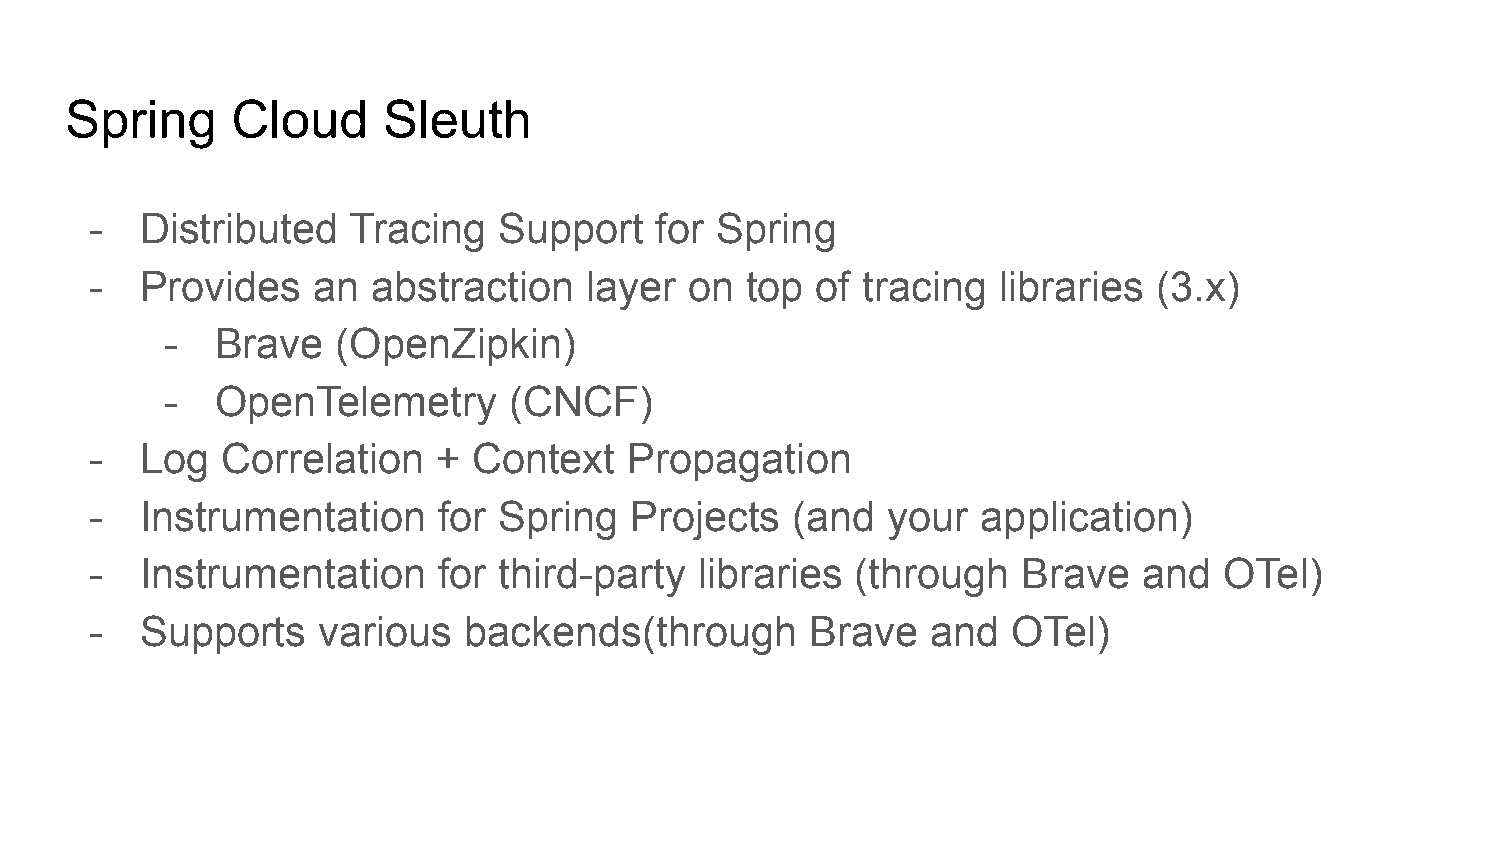
Spring     Cloud     Sleuth
 -  Distributed   Tracing   Support   for Spring
 -  Provides    an  abstraction   layer  on top  of tracing  libraries  (3.x)
 -  Brave   (OpenZipkin)
 -  OpenTelemetry       (CNCF)
 -  Log   Correlation   + Context    Propagation
 -  Instrumentation     for Spring   Projects  (and   your  application)
 -  Instrumentation     for third-party  libraries  (through   Brave   and  OTel)
 -  Supports    various   backends(through       Brave   and  OTel)